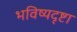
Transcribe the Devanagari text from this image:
भविष्यदृष्टा